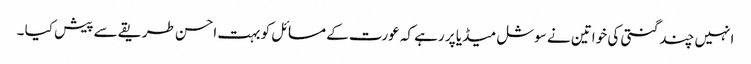
انہیں چند گنتی کی خواتین نے سوشل میڈیا پر رہے کہ عورت کے مسائل کو بہت احسن طریقے سے پیش کیا ۔